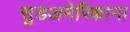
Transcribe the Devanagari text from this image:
सुडअमेरिकाना